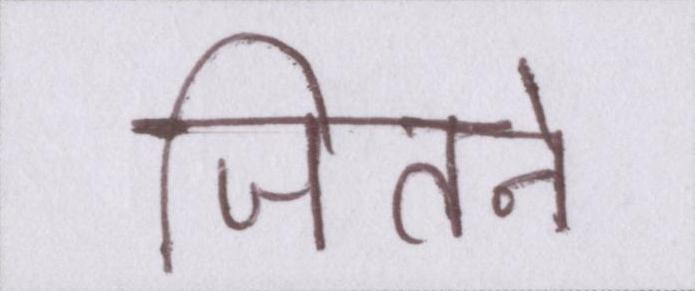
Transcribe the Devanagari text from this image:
जितने